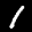
Label: 1